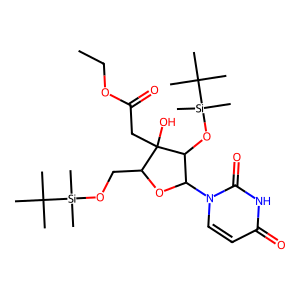
SMILES: CCOC(=O)CC1(O)C(CO[Si](C)(C)C(C)(C)C)OC(n2ccc(=O)[nH]c2=O)C1O[Si](C)(C)C(C)(C)C
Inhibits HIV replication: No